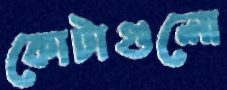
কোটাগুলো